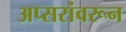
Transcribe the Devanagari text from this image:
अप्सरांवरून